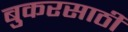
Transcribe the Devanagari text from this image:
बुकरसाठी